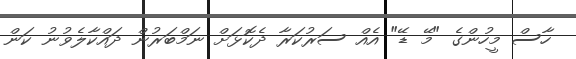
ހާސް މީހުންގެ "މޭ ޑޭ" އެއް ސަރުކަރާ ދެކޮޅަށް ނަމްބަރުން ދައްކާލެވުނު ކަން